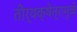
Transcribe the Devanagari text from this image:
तीर्थक्षेत्रामुळे